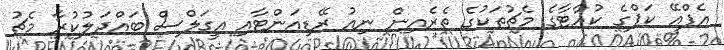
އެފްއޭ ކަޕްގެ ކުއާޓާގެ މެޗުތަކުގެ ތެރެއިން ނިއު ރޭޑިއަންޓާއި އީގަލްސް ބައްދަލުކުރާ މެޗު